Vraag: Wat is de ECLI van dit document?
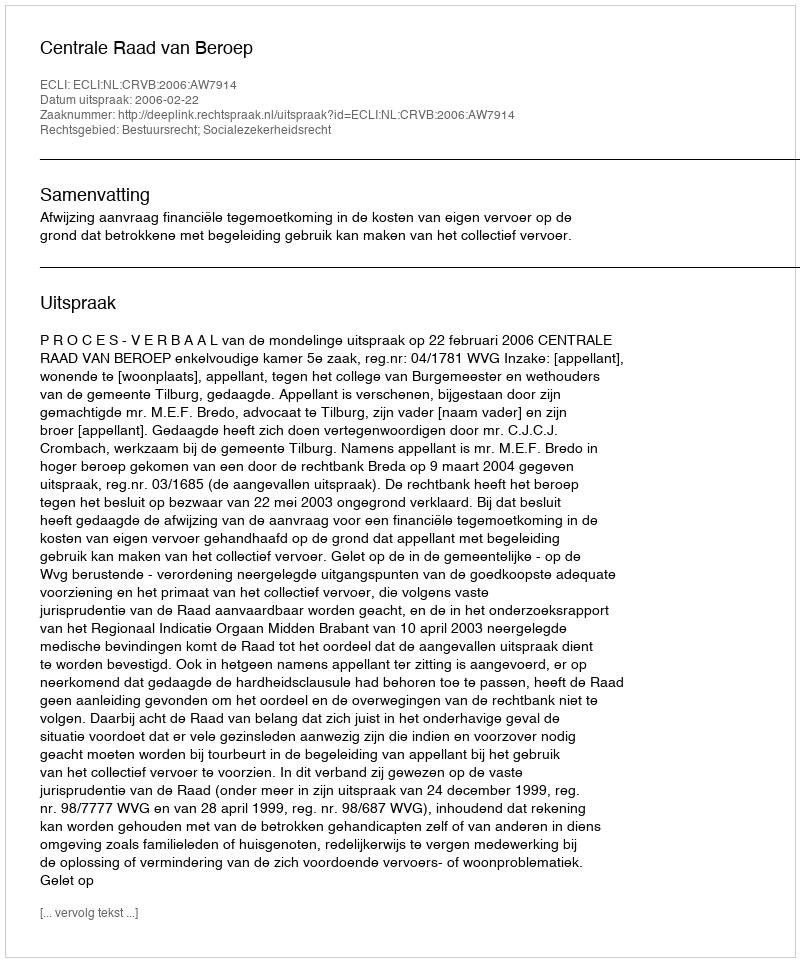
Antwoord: ECLI:NL:CRVB:2006:AW7914